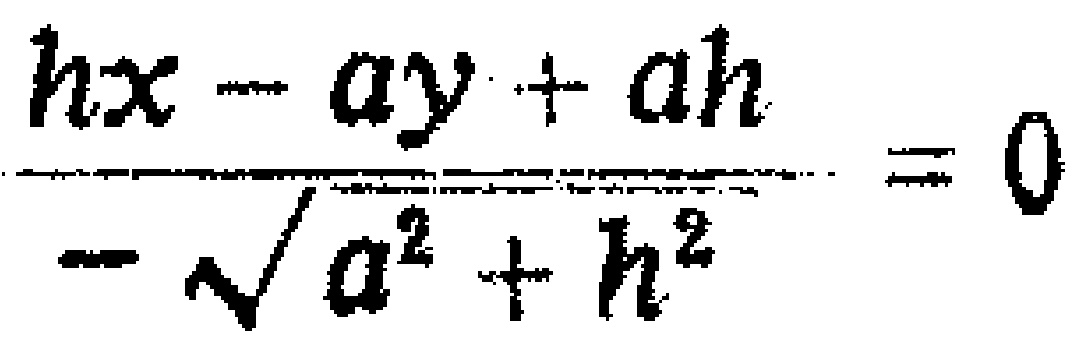
\frac{hx - ay + ah}{-\sqrt{a^{2} + h^{2}}} = 0